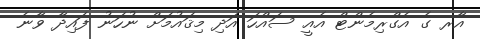
އާރ ގެ އެގްރިމެންޓް އެއީ ސައްހަ އަދި މިޤައުމަށް ނުހަނު ފައިދާ ވާނެ